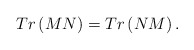
\begin{align*}Tr \left( M N \right)=Tr \left( N M \right).\end{align*}